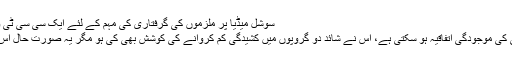
سوشل میڈیا پر ملزموں کی گرفتاری کی مہم کے لئے ایک سی سی ٹی وی فوٹیج بھی دی گئی .
موقع واردات پر مرتضیٰ کی موجودگی اتفاقیہ ہو سکتی ہے، اس نے شائد دو گروپوں میں کشیدگی کم کروانے کی کوشش بھی کی ہو مگر یہ صورت حال اس کے لئے نئی نہیں تھی۔